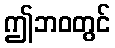
ဤဘဝတွင်